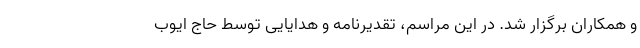
و همکاران برگزار شد. در این مراسم، تقدیرنامه و هدایایی توسط حاج ایوب